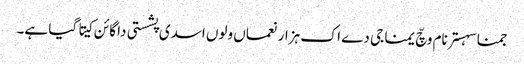
جمنا سہستر نام وچّ یمنا جی دے اک ہزار نعماں ولوں اسدی پشستی دا گائن کیتا گیا ہے۔